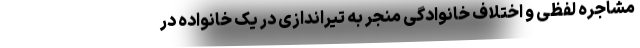
مشاجره لفظی و اختلاف خانوادگی منجر به تیراندازی در یک خانواده در